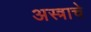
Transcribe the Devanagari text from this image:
अस्त्राचे